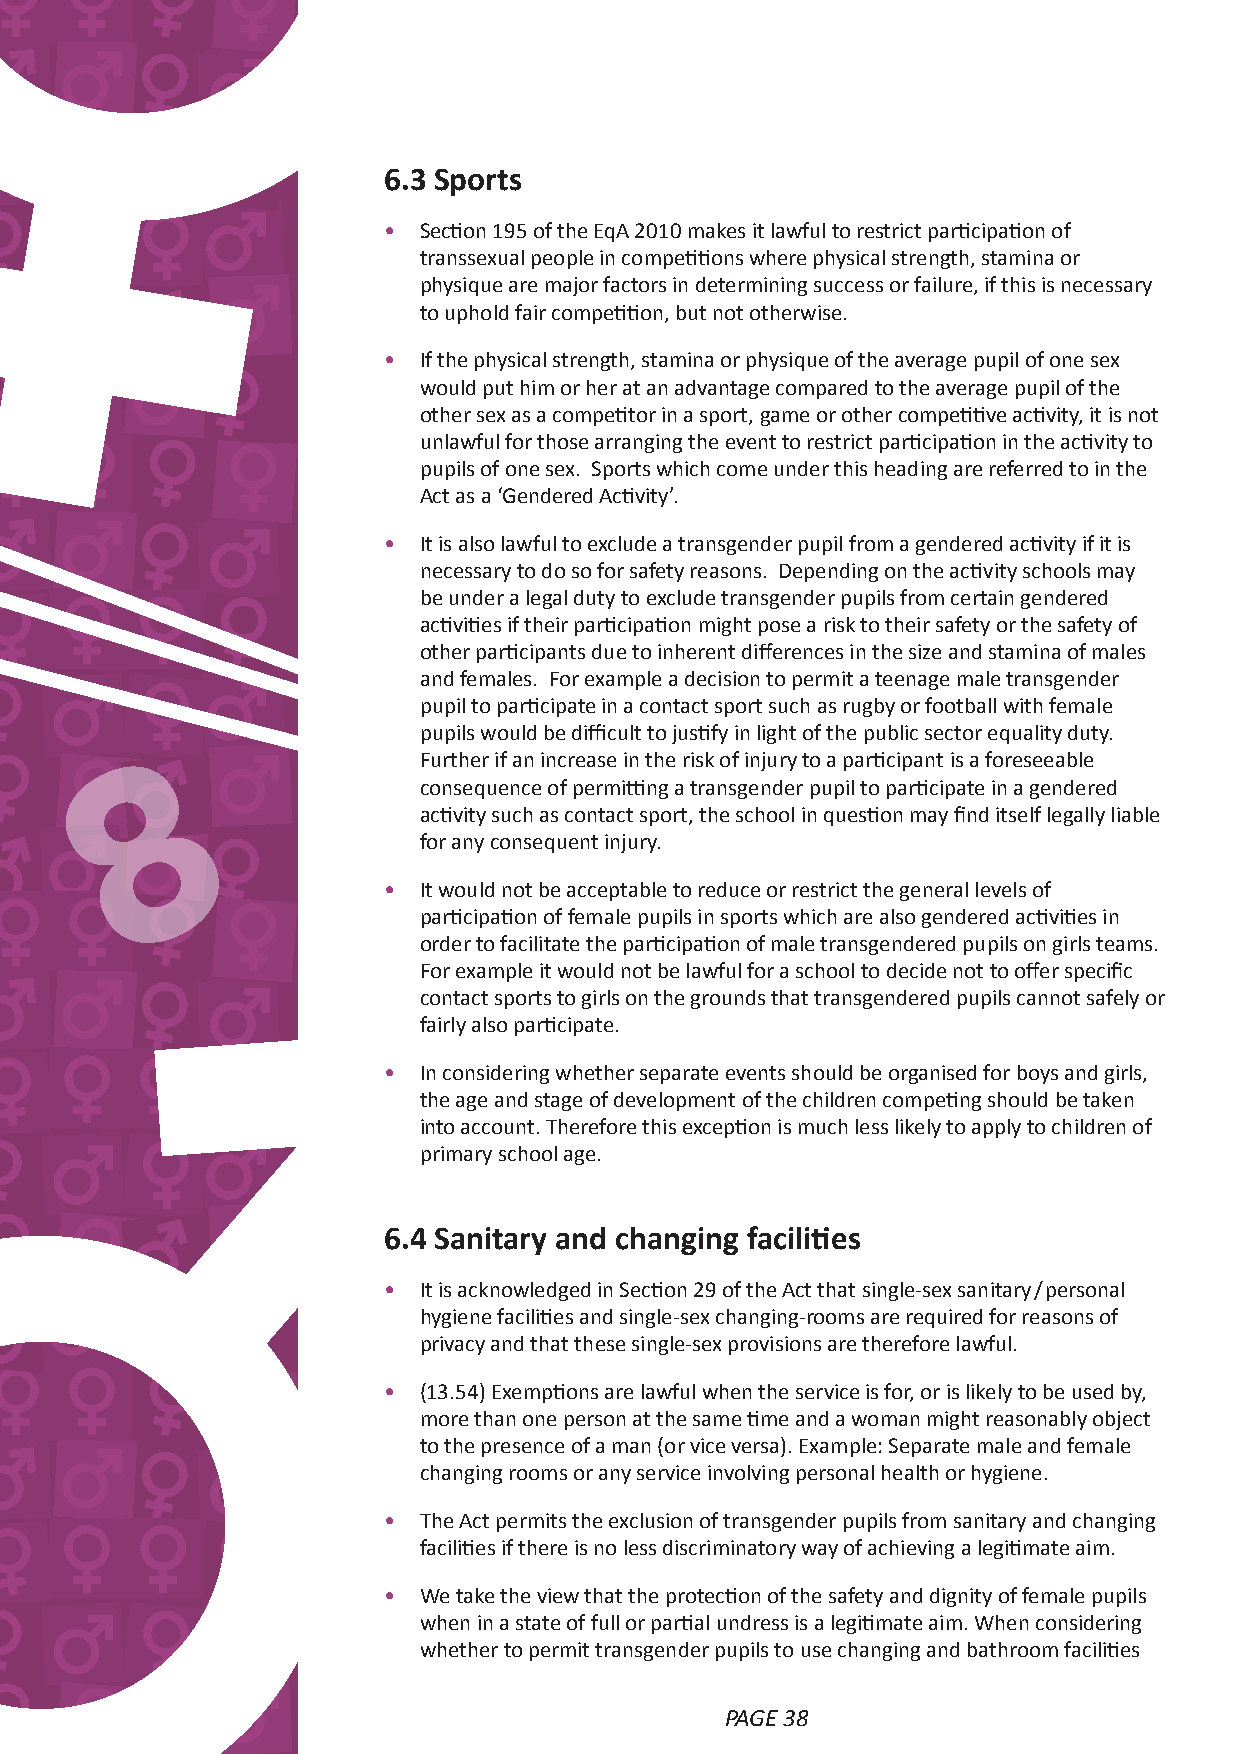
6.3 Sports
 •  Section 195 of the EqA 2010 makes it lawful to restrict participation of
 transsexual people in competitions where physical strength, stamina or
 physique are major factors in determining success or failure, if this is necessary
 to uphold fair competition, but not otherwise.
 •  If the physical strength, stamina or physique of the average pupil of one sex
 would put him or her at an advantage compared to the average pupil of the
 other sex as a competitor in a sport, game or other competitive activity, it is not
 unlawful for those arranging the event to restrict participation in the activity to
 pupils of one sex. Sports which come under this heading are referred to in the
 Act as a ‘Gendered Activity’.
 •  It is also lawful to exclude a transgender pupil from a gendered activity if it is
 necessary to do so for safety reasons. Depending on the activity schools may
 be under a legal duty to exclude transgender pupils from certain gendered
 activities if their participation might pose a risk to their safety or the safety of
 other participants due to inherent differences in the size and stamina of males
 and females. For example a decision to permit a teenage male transgender
 pupil to participate in a contact sport such as rugby or football with female
 pupils would be difficult to justify in light of the public sector equality duty.
 Further if an increase in the risk of injury to a participant is a foreseeable
 8                consequence of permitting a transgender pupil to participate in a gendered
 activity such as contact sport, the school in question may find itself legally liable
 for any consequent injury.
 •  It would not be acceptable to reduce or restrict the general levels of
 participation of female pupils in sports which are also gendered activities in
 order to facilitate the participation of male transgendered pupils on girls teams.
 For example it would not be lawful for a school to decide not to offer specific
 contact sports to girls on the grounds that transgendered pupils cannot safely or
 fairly also participate.
 •  In considering whether separate events should be organised for boys and girls,
 the age and stage of development of the children competing should be taken
 into account. Therefore this exception is much less likely to apply to children of
 primary school age.
 6.4 Sanitary and changing facilities
 •  It is acknowledged in Section 29 of the Act that single‑sex sanitary/personal
 hygiene facilities and single‑sex changing‑rooms are required for reasons of
 privacy and that these single‑sex provisions are therefore lawful.
 •  (13.54) Exemptions are lawful when the service is for, or is likely to be used by,
 more than one person at the same time and a woman might reasonably object
 to the presence of a man (or vice versa). Example: Separate male and female
 changing rooms or any service involving personal health or hygiene.
 •  The Act permits the exclusion of transgender pupils from sanitary and changing
 facilities if there is no less discriminatory way of achieving a legitimate aim.
 •  We take the view that the protection of the safety and dignity of female pupils
 when in a state of full or partial undress is a legitimate aim. When considering
 whether to permit transgender pupils to use changing and bathroom facilities
 PAGE 38